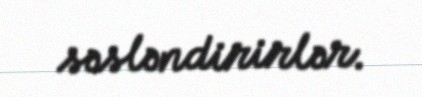
səsləndirirlər.